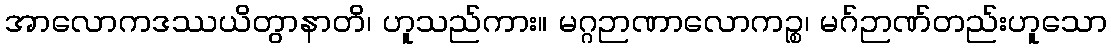
အာလောကဒဿယိတွာနာတိ၊ ဟူသည်ကား။ မဂ္ဂဉာဏာလောကဉ္စ၊ မဂ်ဉာဏ်တည်းဟူသော